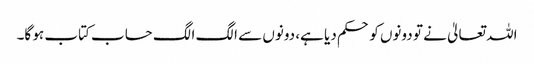
اللہ تعالیٰ نے تو دونوں کو حکم دیا ہے، دونوں سے الگ الگ حساب کتاب ہو گا۔